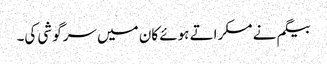
بیگم نے مسکراتے ہوئے کان میں سرگوشی کی۔